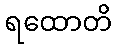
ရထောတိ